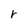
Character: r